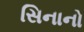
સિનાનો